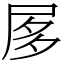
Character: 㞔